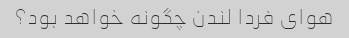
هوای فردا لندن چگونه خواهد بود؟